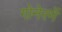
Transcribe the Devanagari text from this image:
गोनेरमें